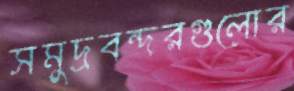
সমুদ্রবন্দরগুলোর